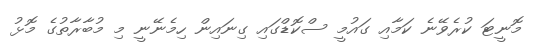
މޮނީޓަ ކުރެވޭނެ ކަމާއި ގައުމީ ސްކޮޑްގައި ގިނައިން ހިމެނޭނީ މި މުބާރާތުގެ މޮޅު